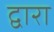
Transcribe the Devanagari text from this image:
द्वारा